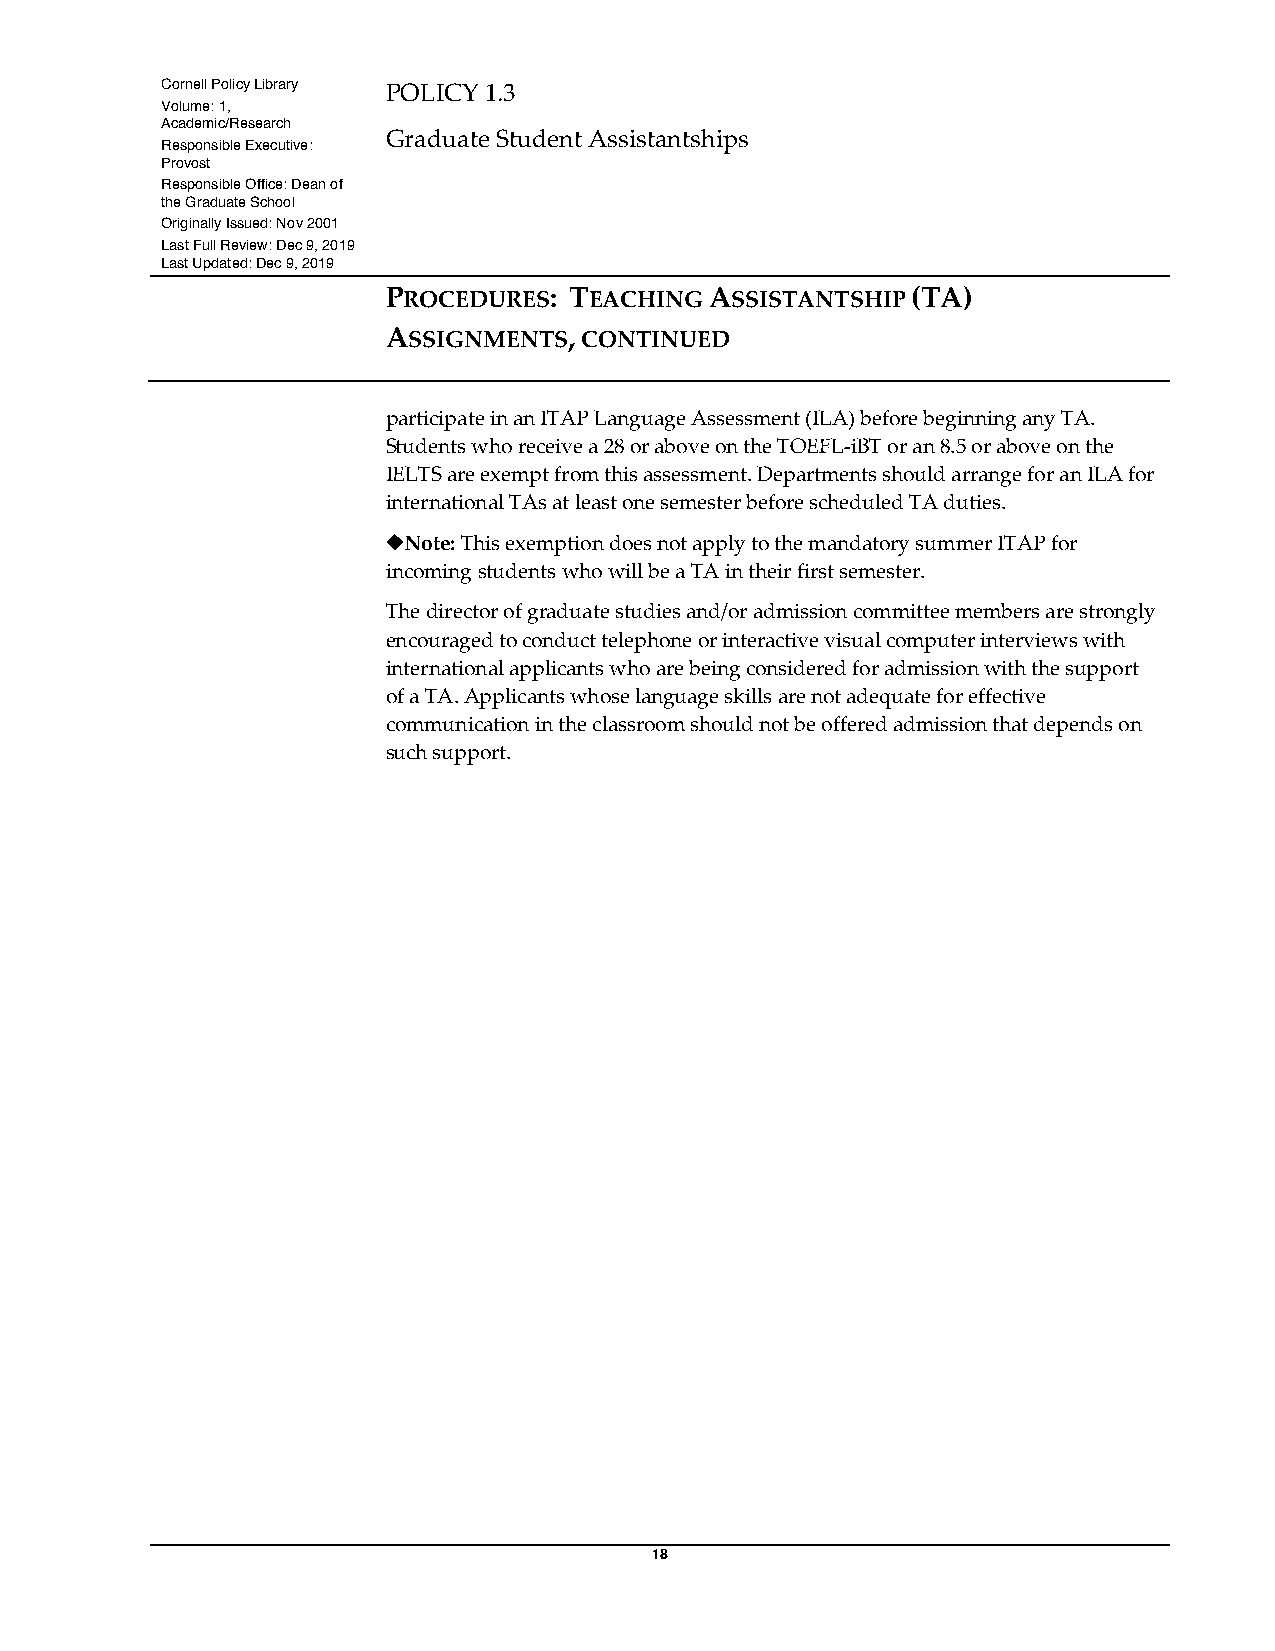
Cornell Policy Library POLICY 1.3
 Volume: 1,
 Academic/Research
 Graduate Student Assistantships
 Responsible Executive:
 Provost
 Responsible Office: Dean of
 the Graduate School
 Originally Issued: Nov 2001
 Last Full Review: Dec 9, 2019
 Last Updated: Dec 9, 2019
 PROCEDURES: TEACHING ASSISTANTSHIP (TA)
 ASSIGNMENTS, CONTINUED
 participate in an ITAP Language Assessment (ILA) before beginning any TA.
 Students who receive a 28 or above on the TOEFL-iBT or an 8.5 or above on the
 IELTS are exempt from this assessment. Departments should arrange for an ILA for
 international TAs at least one semester before scheduled TA duties.
 ¿Note: This exemption does not apply to the mandatory summer ITAP for
 incoming students who will be a TA in their first semester.
 The director of graduate studies and/or admission committee members are strongly
 encouraged to conduct telephone or interactive visual computer interviews with
 international applicants who are being considered for admission with the support
 of a TA. Applicants whose language skills are not adequate for effective
 communication in the classroom should not be offered admission that depends on
 such support.
 18